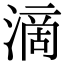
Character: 滴